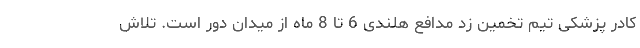
کادر پزشکی تیم تخمین زد مدافع هلندی 6 تا 8 ماه از میدان دور است. تلاش